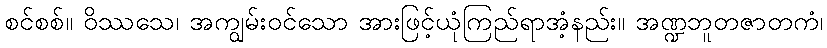
စင်စစ်။ ဝိဿသေ၊ အကျွမ်းဝင်သော အားဖြင့်ယုံကြည်ရာအံ့နည်း။ အဏ္ဍဘူတဇာတကံ၊